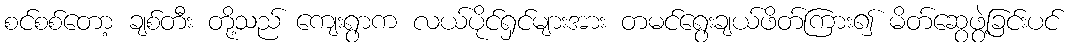
စင်စစ်တော့ ချစ်တီး တို့သည် ကျေးရွာက လယ်ပိုင်ရှင်များအား တမင်ရွေးချယ်ဖိတ်ကြား၍ မိတ်ဆွေဖွဲ့ခြင်းပင်